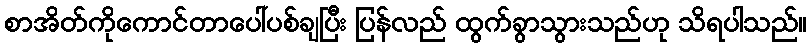
စာအိတ်ကိုကောင်တာပေါ်ပစ်ချပြီး ပြန်လည် ထွက်ခွာသွားသည်ဟု သိရပါသည်။